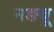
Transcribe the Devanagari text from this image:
नङबू